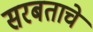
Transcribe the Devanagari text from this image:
सरबताचे